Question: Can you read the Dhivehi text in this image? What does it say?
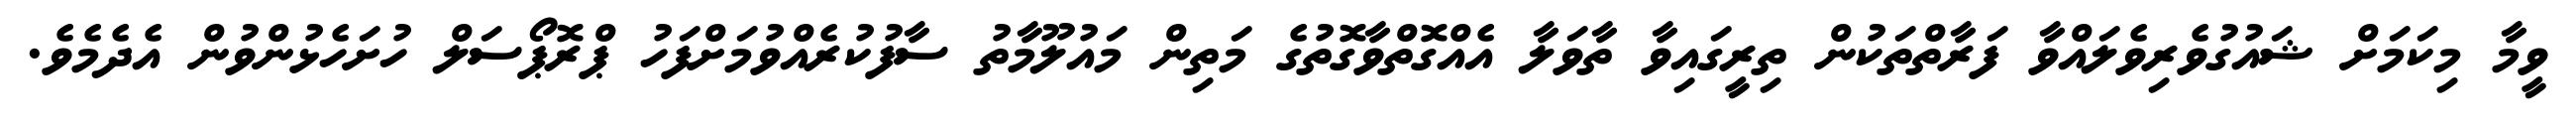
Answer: ވީމާ މިކަމަށް ޝައުގުވެރިވެލައްވާ ފަރާތްތަކުން ތިރީގައިވާ ތާވަލާ އެއްގޮތްވާގޮތުގެ މަތިން މައުލޫމާތު ސާފުކުރެއްވުމަށްފަހު ޕްރޮޕޯސަލް ހުށަހެޅުންވުން އެދެމެވެ.